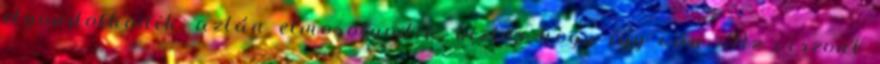
elgondolkodik, aztán elmosolyodik, biztos hogy így van. Az viszont